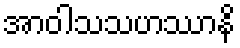
အာဝါသသဟဿာနိ